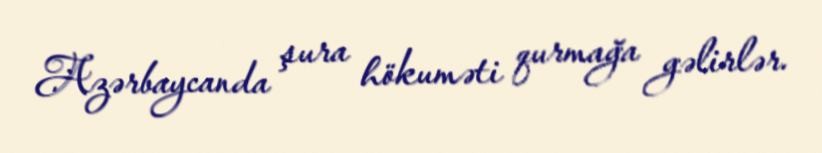
Azərbaycanda şura hökuməti qurmağa gəlirlər.